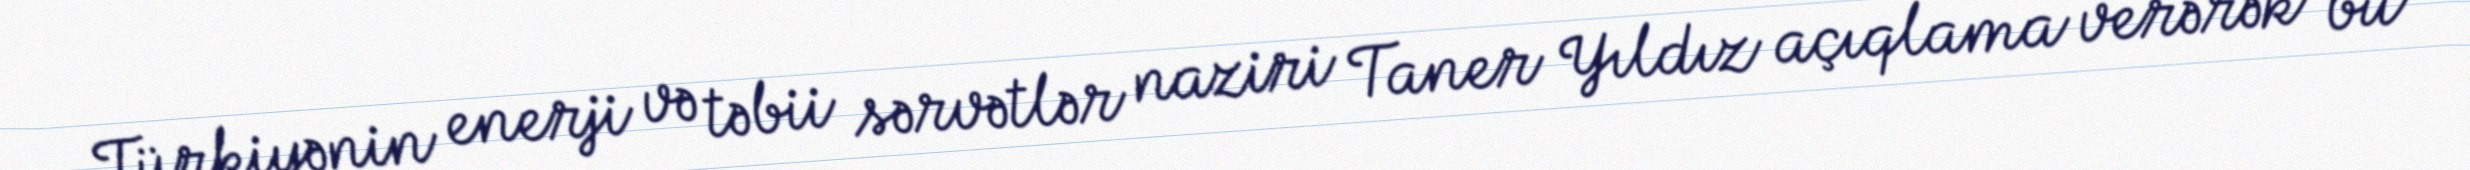
Türkiyənin enerji və təbii sərvətlər naziri Taner Yıldız açıqlama verərək bu